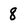
Character: 8